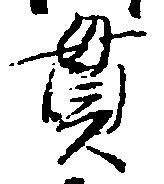
貫